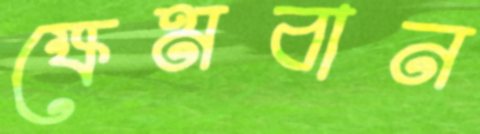
ক্ষেমবান